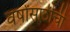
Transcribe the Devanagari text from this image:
वर्षांसाठीची